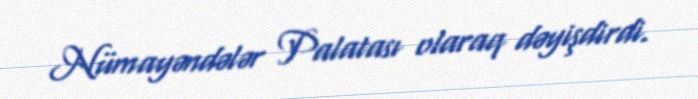
Nümayəndələr Palatası olaraq dəyişdirdi.